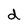
Character: d